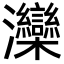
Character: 灤